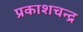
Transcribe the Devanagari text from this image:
प्रकाशचन्द्र